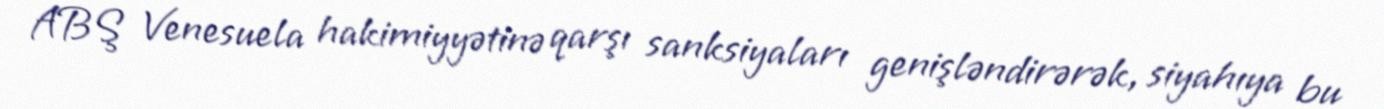
ABŞ Venesuela hakimiyyətinə qarşı sanksiyaları genişləndirərək, siyahıya bu